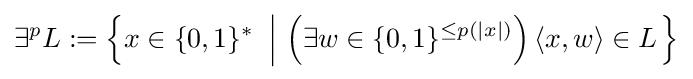
\exists ^{p}L:=\left\{x\in \{0,1\}^{*}\ \left|\ \left(\exists w\in \{0,1\}^{\leq p(|x|)}\right)\langle x,w\rangle \in L\right.\right\}